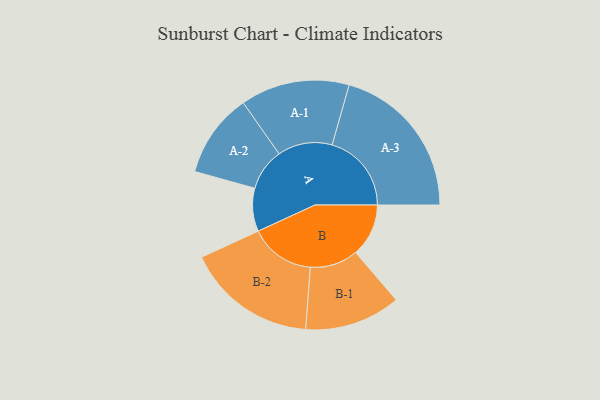
{"axis": {"x": "Segment", "y": "Value"}, "legend": ["", "A", "B"], "data": [{"x": "A", "y": 132, "type": ""}, {"x": "B", "y": 162, "type": ""}, {"x": "A-1", "y": 167, "type": "A"}, {"x": "A-2", "y": 129, "type": "A"}, {"x": "A-3", "y": 243, "type": "A"}, {"x": "B-1", "y": 147, "type": "B"}, {"x": "B-2", "y": 200, "type": "B"}]}